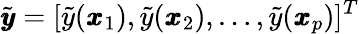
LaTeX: \tilde{\pmb{y}}=[\tilde{y}(\pmb{x}_{1}),\tilde{y}(\pmb{x}_{2}),\dots,\tilde{y}(\pmb{x}_{p})]^{T}